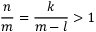
\frac { n } { m } = \frac { k } { m - l } > 1